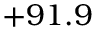
+ 9 1 . 9